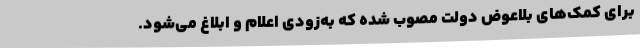
برای کمک‌های بلاعوض دولت مصوب شده که به‌زودی اعلام و ابلاغ می‌شود.